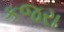
કજરા